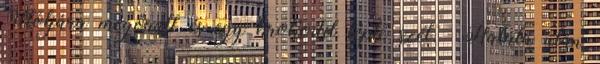
Utoljára megőrült és egy krokodil tépte szét.» Halála után